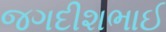
જગદીશભાઈ